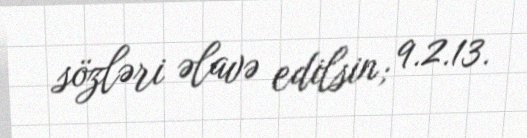
sözləri əlavə edilsin; 9.2.13.